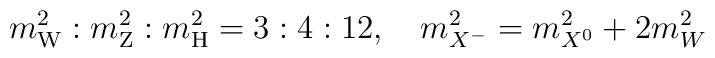
m_{\rm W}^2:m_{\rm Z}^2:m_{\rm H}^2=3:4:12,\quad                   m^2_{X^-}=m^2_{X^0}+2m^2_W